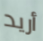
أريد